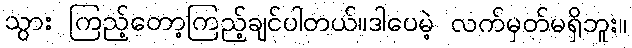
သွား ကြည့်တော့ကြည့်ချင်ပါတယ်။ဒါပေမဲ့ လက်မှတ်မရှိဘူး။